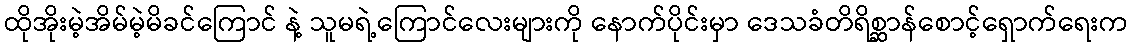
ထိုအိုးမဲ့အိမ်မဲ့မိခင်ကြောင် နဲ့ သူမရဲ့ကြောင်လေးများကို နောက်ပိုင်းမှာ ဒေသခံတိရိစ္ဆာန်စောင့်ရှောက်ရေးက